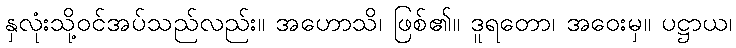
နှလုံးသို့ဝင်အပ်သည်လည်း။ အဟောသိ၊ ဖြစ်၏။ ဒူရတော၊ အဝေးမှ။ ပဋ္ဌာယ၊